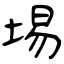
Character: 埸